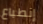
إنطباع